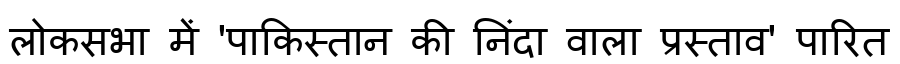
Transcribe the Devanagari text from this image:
लोकसभा में 'पाकिस्तान की निंदा वाला प्रस्ताव' पारित